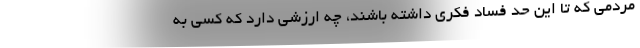
مردمی که تا این حد فساد فکری داشته باشند، چه ارزشی دارد که کسی به